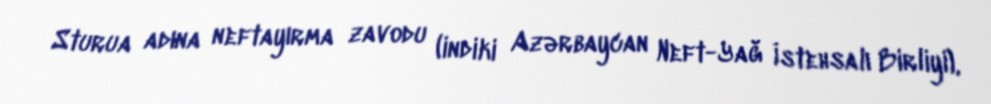
Sturua adına neftayırma zavodu (indiki Azərbaycan Neft-Yağ İstehsalı Birliyi),